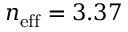
n _ { \mathrm { e f f } } = 3 . 3 7